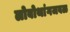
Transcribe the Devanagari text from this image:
लोबोथांगजवळ